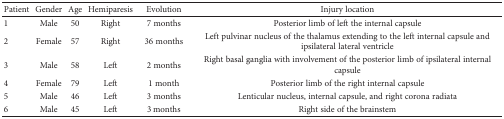
<table><thead><tr><td><b>Patient</b></td><td><b>Gender</b></td><td><b>Age</b></td><td><b>Hemiparesis</b></td><td><b>Evolution</b></td><td><b>Injury location</b></td></tr></thead><tbody><tr><td>1</td><td>Male</td><td>50</td><td>Right</td><td>7 months</td><td>Posterior limb of left the internal capsule</td></tr><tr><td>2</td><td>Female</td><td>57</td><td>Right</td><td>36 months</td><td>Left pulvinar nucleus of the thalamus extending to the left internal capsule and ipsilateral lateral ventricle</td></tr><tr><td>3</td><td>Male</td><td>58</td><td>Left</td><td>2 months</td><td>Right basal ganglia with involvement of the posterior limb of ipsilateral internal capsule</td></tr><tr><td>4</td><td>Female</td><td>79</td><td>Left</td><td>1 month</td><td>Posterior limb of the right internal capsule</td></tr><tr><td>5</td><td>Male</td><td>46</td><td>Left</td><td>3 months</td><td>Lenticular nucleus, internal capsule, and right corona radiata</td></tr><tr><td>6</td><td>Male</td><td>45</td><td>Left</td><td>3 months</td><td>Right side of the brainstem</td></tr></tbody></table>